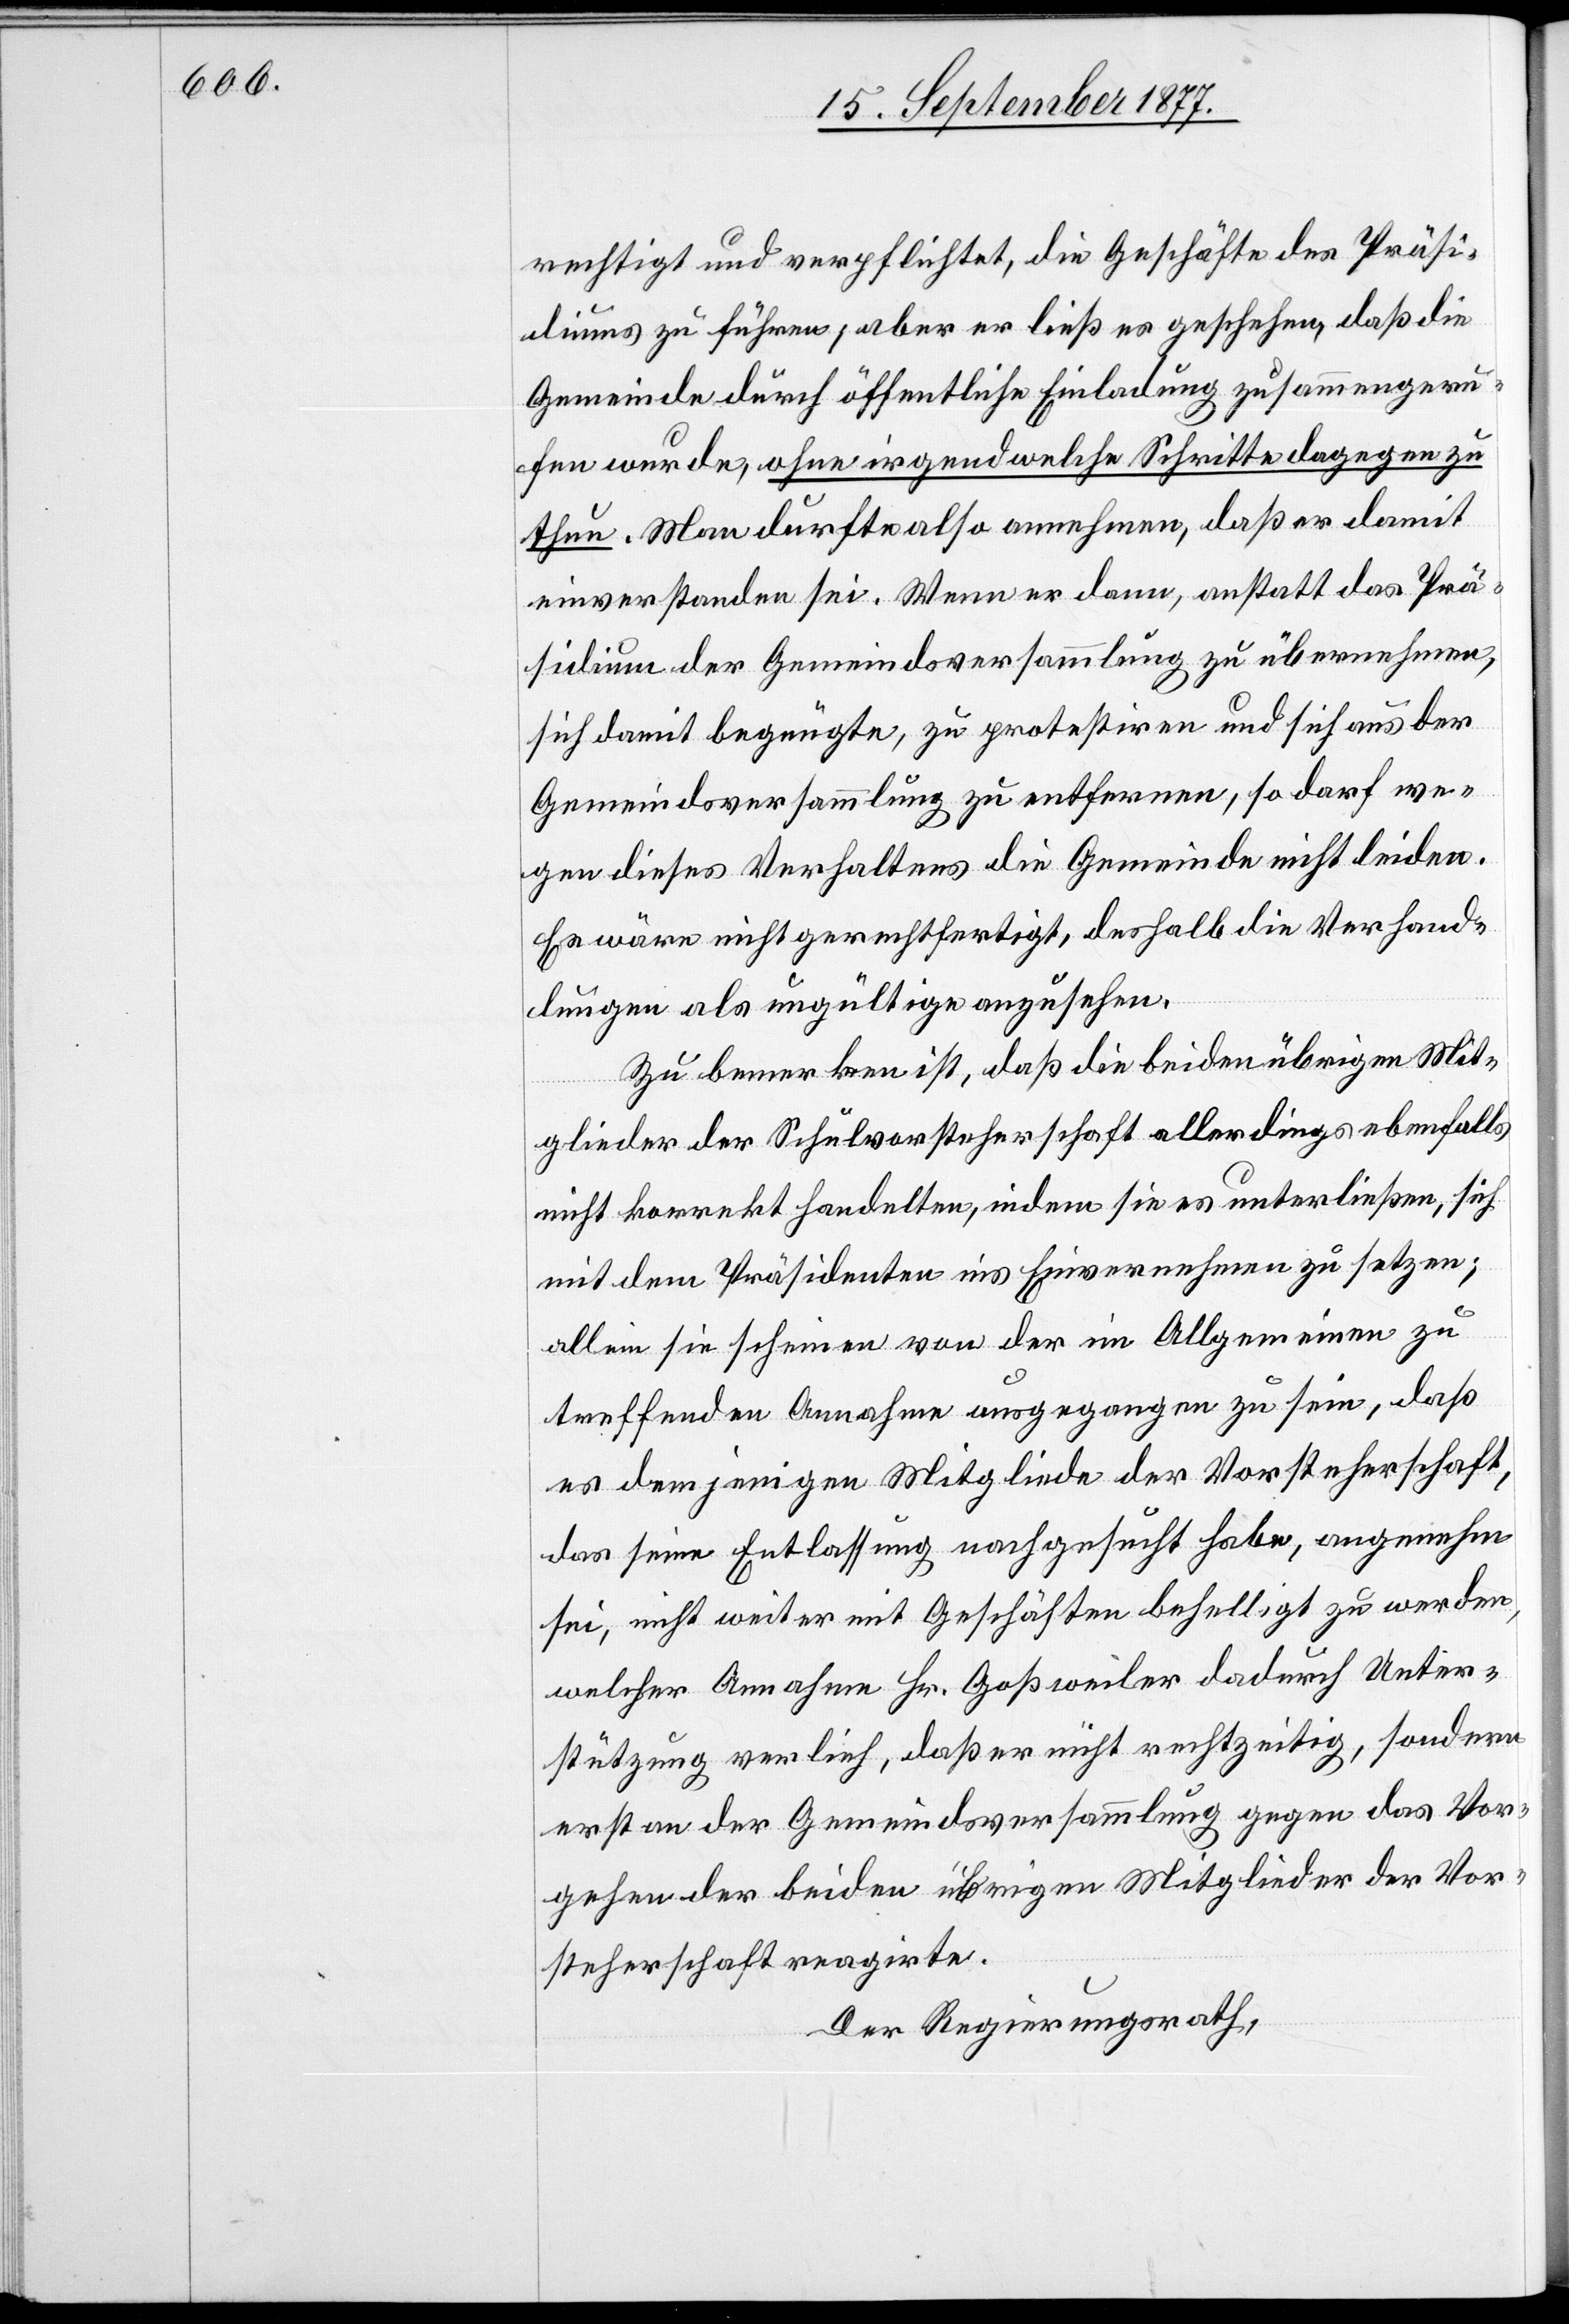
rechtigt und verpflichtet, die Geschäfte des Präsi¬
diums zu führen; aber er ließ es geschehen, daß die
Gemeinde durch öffentliche Einladung zusammengeru¬
fen wurde, ohne irgend welche Schritte dagegen zu
thun. Man durfte also annehmen, daß er damit
einverstanden sei. Wenn er dann, anstatt das Prä¬
sidium der Gemeindsversammlung zu übernehmen,
sich damit begnügte, zu protestiren und sich aus der
Gemeindsversammlung zu entfernen, so darf we¬
gen dieses Verhaltens die Gemeinde nicht leiden.
Es wäre nicht gerechtfertigt, deshalb die Verhand¬
lungen als ungültige anzusehen.
Zu bemerken ist, daß die beiden übrigen Mit¬
glieder der Schulvorsteherschaft allerdings ebenfalls
nicht korrekt handelten, indem sie es unterließen, sich
mit dem Präsidenten ins Einvernehmen zu setzen;
allein sie scheinen von der im Allgemeinen zu
treffenden Annahme ausgegangen zu sein, daß
es demjenigen Mitgliede der Vorsteherschaft,
das seine Entlassung nachgesucht habe, angenehm
sei, nicht weiter mit Geschäften behelligt zu werden,
welcher Annahme Hr. Goßweiler dadurch Unter¬
stützung verlieh, daß er nicht rechtzeitig, sondern
erst an der Gemeindsversammlung gegen das Vor¬
gehen der beiden übrigen Mitglieder der Vor¬
steherschaft reagirte.
Der Regierungsrath,